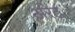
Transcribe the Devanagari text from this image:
अरेट